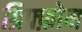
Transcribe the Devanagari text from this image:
ग्रिफ़्फ़ोन